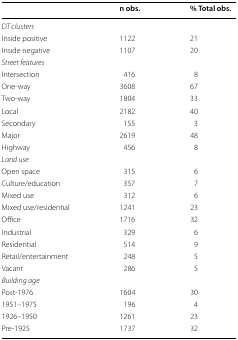
|  | n obs. | % Total obs. |
 | --- | --- | --- |
 | <COLSPAN=3> DT clusters |
 | Inside positive | 1122 | 21 |
 | Inside negative | 1107 | 20 |
 | <COLSPAN=3> Street features |
 | Intersection | 416 | 8 |
 | One-way | 3608 | 67 |
 | Two-way | 1804 | 33 |
 | Local | 2182 | 40 |
 | Secondary | 155 | 3 |
 | Major | 2619 | 48 |
 | Highway | 456 | 8 |
 | <COLSPAN=3> Land use |
 | Open space | 315 | 6 |
 | Culture/education | 357 | 7 |
 | Mixed use | 312 | 6 |
 | Mixed use/residential | 1241 | 23 |
 | Office | 1716 | 32 |
 | Industrial | 329 | 6 |
 | Residential | 514 | 9 |
 | Retail/entertainment | 248 | 5 |
 | Vacant | 286 | 5 |
 | <COLSPAN=3> Building age |
 | Post-1976 | 1604 | 30 |
 | 1951–1975 | 196 | 4 |
 | 1926–1950 | 1261 | 23 |
 | Pre-1925 | 1737 | 32 |